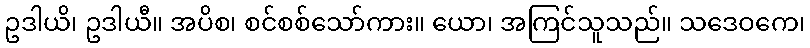
ဥဒါယိ၊ ဥဒါယီ။ အပိစ၊ စင်စစ်သော်ကား။ ယော၊ အကြင်သူသည်။ သဒေဝကေ၊